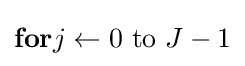
{\textbf {for}}j\leftarrow 0{\text{ to }}J-1